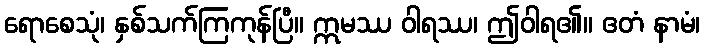
ရောစေသုံ၊ နှစ်သက်ကြကုန်ပြီ။ ဣမဿ ဝါရဿ၊ ဤဝါရ၏။ ဧတံ နာမံ၊